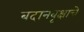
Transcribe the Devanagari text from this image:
बदानवृक्षाचे